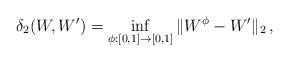
LaTeX: \begin{align*} \delta_2(W,W')=\inf_{\phi:[0,1]\to[0,1] } \|W^\phi-W'\|_2\, ,\end{align*}